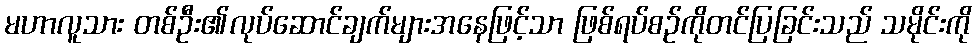
မဟာလူသား တစ်ဦး၏လုပ်ဆောင်ချက်များအနေဖြင့်သာ ဖြစ်ရပ်စဉ်ကိုတင်ပြခြင်းသည် သမိုင်းကို